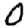
Digit: 0